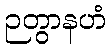
ဉတွာနဟံ